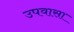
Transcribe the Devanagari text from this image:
उपवासा